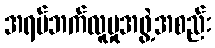
အရပ်ဘက်လူမှုအဖွဲ့အစည်း